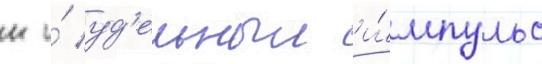
н и́ уд'ельныи и́мпульс